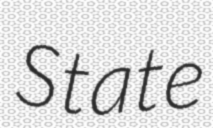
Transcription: State